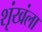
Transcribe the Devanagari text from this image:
शृंखंला